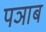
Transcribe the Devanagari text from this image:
पञाब